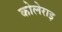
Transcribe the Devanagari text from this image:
कोलेराइ